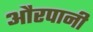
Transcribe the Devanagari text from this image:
औरपानी